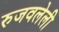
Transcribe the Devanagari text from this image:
रुजवलेली